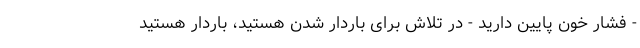
- فشار خون پایین دارید - در تلاش برای باردار شدن هستید، باردار هستید